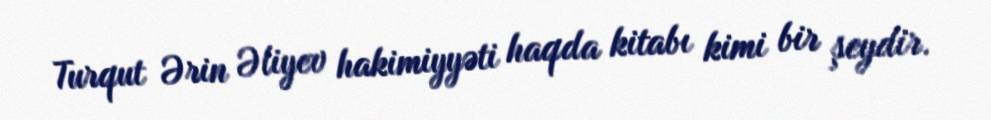
Turqut Ərin Əliyev hakimiyyəti haqda kitabı kimi bir şeydir.